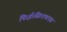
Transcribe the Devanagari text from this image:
पि।ई।सि।एच।एस